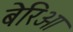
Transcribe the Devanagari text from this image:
बेरिओ